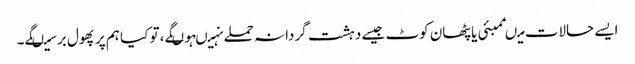
ایسے حالات میںممبئی یا پٹھان کوٹ جیسے دہشت گردانہ حملے نہیںہوںگے، تو کیا ہم پر پھول برسیںگے۔